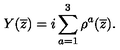
Y ( \overline { { z } } ) = i \sum _ { a = 1 } ^ { 3 } \rho ^ { a } ( \overline { { z } } ) .